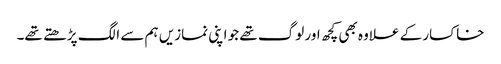
خاکسار کے علاوہ بھی کچھ اور لوگ تھے جو اپنی نمازیں ہم سے الگ پڑھتے تھے۔